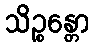
သိဉ္စန္တော